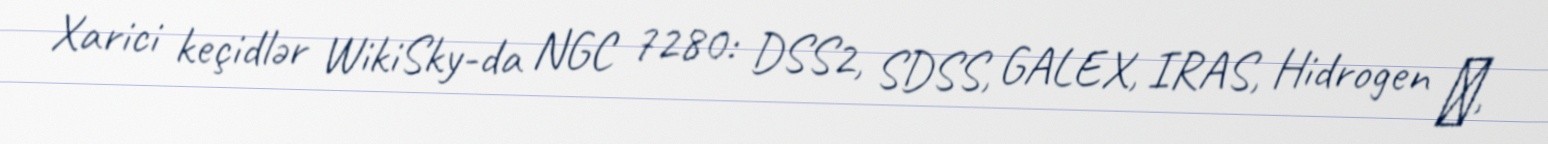
Xarici keçidlər WikiSky-da NGC 7280: DSS2, SDSS, GALEX, IRAS, Hidrogen α,